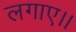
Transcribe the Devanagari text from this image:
लगाए।।